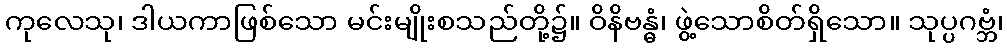
ကုလေသု၊ ဒါယကာဖြစ်သော မင်းမျိုးစသည်တို့၌။ ဝိနိဗန္ဓံ၊ ဖွဲ့သောစိတ်ရှိသော။ သုပ္ပဂဗ္ဘံ၊